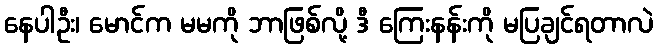
နေပါဦး၊ မောင်က မမကို ဘာဖြစ်လို့ ဒီ ကြေးနန်းကို မပြချင်ရတာလဲ